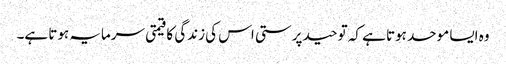
وہ ایسا موحد ہوتا ہے کہ توحید پرستی اس کی زندگی کا قیمتی سرمایہ ہوتا ہے۔